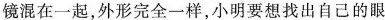
镜混在一起，外形完全一样，小明要想找出自己的眼